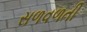
સળવળતી